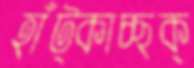
হাঁট্‌কাচ্ছক্